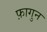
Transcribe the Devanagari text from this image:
फ़ागुन